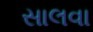
સાલવા